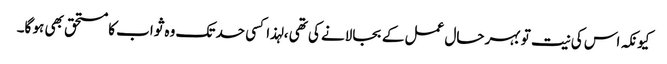
کیونکہ اس کی نیت تو بہر حال عمل کے بجالانے کی تھی ، لہذا کسی حد تک وہ ثواب کا مستحق بھی ہو گا۔